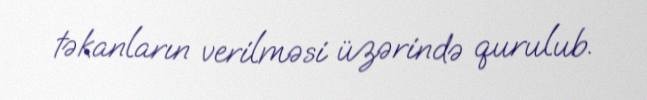
təkanların verilməsi üzərində qurulub.